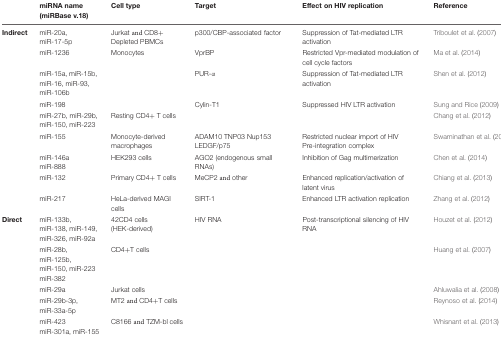
<table><thead><tr><td></td><td><b>miRNA name (miRBase v.18)</b></td><td><b>Cell type</b></td><td><b>Target</b></td><td><b>Effect on HIV replication</b></td><td><b>Reference</b></td></tr></thead><tbody><tr><td><b>Indirect</b></td><td>miR-20a, miR-17-5p</td><td>Jurkat and CD8+ Depleted PBMCs</td><td>p300/CBP-associated factor</td><td>Suppression of Tat-mediated LTR activation</td><td>Triboulet et al. (2007)</td></tr><tr><td></td><td>miR-1236</td><td>Monocytes</td><td>VprBP</td><td>Restricted Vpr-mediated modulation of cell cycle factors</td><td>Ma et al. (2014)</td></tr><tr><td></td><td>miR-15a, miR-15b, miR-16, miR-93, miR-106b</td><td></td><td>PUR-α</td><td>Suppression of Tat-mediated LTR activation</td><td>Shen et al. (2012)</td></tr><tr><td></td><td>miR-198</td><td></td><td>Cylin-T1</td><td>Suppressed HIV LTR activation</td><td>Sung and Rice (2009)</td></tr><tr><td></td><td>miR-27b, miR-29b, miR-150, miR-223</td><td>Resting CD4+ T cells</td><td></td><td></td><td>Chang et al. (2012)</td></tr><tr><td></td><td>miR-155</td><td>Monocyte-derived macrophages</td><td>ADAM10 TNP03 Nup153 LEDGF/p75</td><td>Restricted nuclear import of HIV Pre-integration complex</td><td>Swaminathan et al. (2012)</td></tr><tr><td></td><td>miR-146amiR-888</td><td>HEK293 cells</td><td>AGO2 (endogenous small RNAs)</td><td>Inhibition of Gag multimerization</td><td>Chen et al. (2014)</td></tr><tr><td></td><td>miR-132</td><td>Primary CD4+ T cells</td><td>MeCP2 and other</td><td>Enhanced replication/activation of latent virus</td><td>Chiang et al. (2013)</td></tr><tr><td></td><td>miR-217</td><td>HeLa-derived MAGI cells</td><td>SIRT-1</td><td>Enhanced LTR activation replication</td><td>Zhang et al. (2012)</td></tr><tr><td><b>Direct</b></td><td>miR-133b, miR-138, miR-149, miR-326, miR-92a</td><td>42CD4 cells (HEK-derived)</td><td>HIV RNA</td><td>Post-transcriptional silencing of HIV RNA</td><td>Houzet et al. (2012)</td></tr><tr><td></td><td>miR-28b, miR-125b, miR-150, miR-223 miR-382</td><td>CD4+T cells</td><td></td><td></td><td>Huang et al. (2007)</td></tr><tr><td></td><td>miR-29a</td><td>Jurkat cells</td><td></td><td></td><td>Ahluwalia et al. (2008)</td></tr><tr><td></td><td>miR-29b-3p, miR-33a-5p</td><td>MT2 and CD4+T cells</td><td></td><td></td><td>Reynoso et al. (2014)</td></tr><tr><td></td><td>miR-423miR-301a, miR-155</td><td>C8166 and TZM-bl cells</td><td></td><td></td><td>Whisnant et al. (2013)</td></tr></tbody></table>